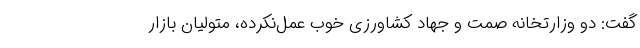
گفت: دو وزارتخانه صمت و جهاد کشاورزی خوب عمل‌نکرده، متولیان بازار